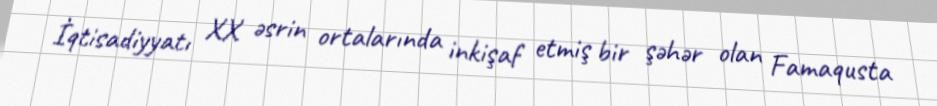
İqtisadiyyatı XX əsrin ortalarında inkişaf etmiş bir şəhər olan Famaqusta